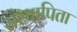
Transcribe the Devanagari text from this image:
संस्थापिता